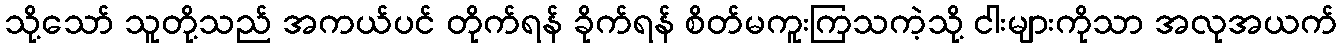
သို့သော် သူတို့သည် အကယ်ပင် တိုက်ရန် ခိုက်ရန် စိတ်မကူးကြသကဲ့သို့ ငါးများကိုသာ အလုအယက်